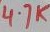
Text: 4.7K